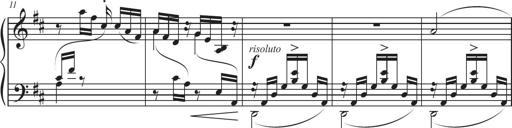
Title: Sonatina in D major
Composer: Shota Saitoh
Key: D major